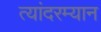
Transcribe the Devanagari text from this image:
त्यांदरम्यान